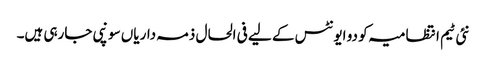
نئی ٹیم انتظامیہ کو دو ایونٹس کے لیے فی الحال ذمہ داریاں سونپی جارہی ہیں۔